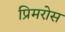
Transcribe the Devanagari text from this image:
प्रिमरोस